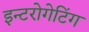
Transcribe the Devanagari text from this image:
इन्टरोगेटिंग